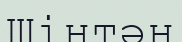
Шінтән